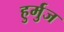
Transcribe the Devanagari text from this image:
हुर्मुज